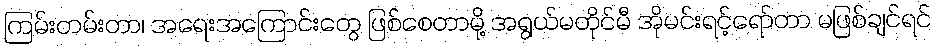
ကြမ်းတမ်းတာ၊ အရေးအကြောင်းတွေ ဖြစ်စေတာမို့ အရွယ်မတိုင်မီ အိုမင်းရင့်ရော်တာ မဖြစ်ချင်ရင်